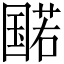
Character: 𫭔